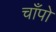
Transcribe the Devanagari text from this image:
चाँपो